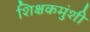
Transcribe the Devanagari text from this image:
शिक्षकमुंशी